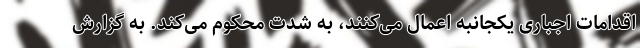
اقدامات اجباری یکجانبه اعمال می‌کنند، به شدت محکوم می‌کند. به گزارش